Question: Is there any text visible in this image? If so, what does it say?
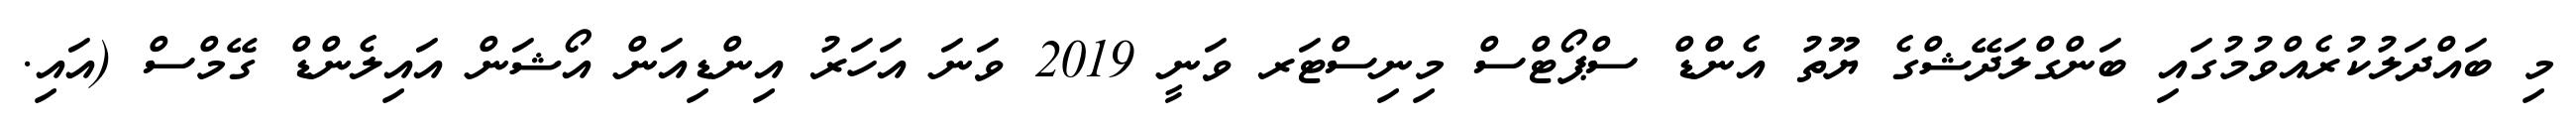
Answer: މި ބައްދަލުކުރެއްވުމުގައި ބަންގްލަދޭޝްގެ ޔޫތު އެންޑް ސްޕޯޓްސް މިނިސްޓަރ ވަނީ 2019 ވަނަ އަހަރު އިންޑިއަން އޯޝަން އައިލެންޑް ގޭމްސް (އައި.